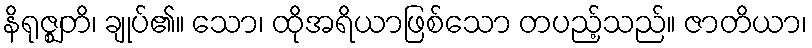
နိရုဇ္ဈတိ၊ ချုပ်၏။ သော၊ ထိုအရိယာဖြစ်သော တပည့်သည်။ ဇာတိယာ၊